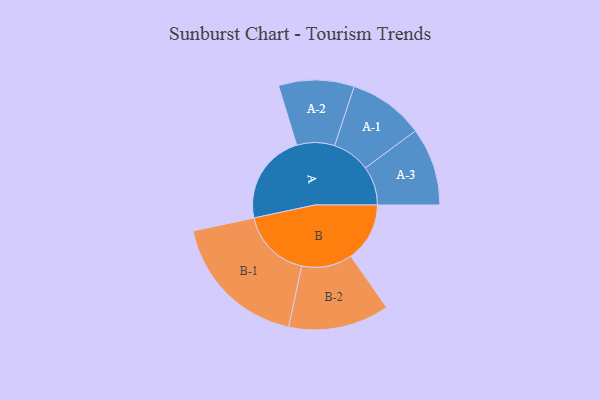
{"axis": {"x": "Segment", "y": "Value"}, "legend": ["", "A", "B"], "data": [{"x": "A", "y": 371, "type": ""}, {"x": "B", "y": 240, "type": ""}, {"x": "A-1", "y": 154, "type": "A"}, {"x": "A-2", "y": 154, "type": "A"}, {"x": "A-3", "y": 159, "type": "A"}, {"x": "B-1", "y": 287, "type": "B"}, {"x": "B-2", "y": 206, "type": "B"}]}